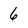
Character: 6